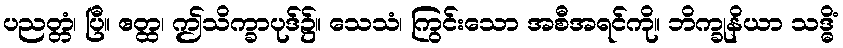
ပညတ္တံ၊ ပြီ။ ဧတ္ထ၊ ဤသိက္ခာပုဒ်၌။ သေသံ၊ ကြွင်းသော အစီအရင်ကို။ ဘိက္ခုနိယာ သဒ္ဓိံ